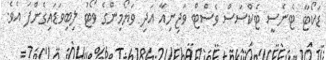
ޑަކޯޓާ ޓެނެސީ ޓެކްސަސް ވެސްޓް ވަޖިނިއާ އަދި ވަޔޯމިންގެ ވޯޓު ލިބިވަޑައިގެންފަ އެވެ.